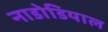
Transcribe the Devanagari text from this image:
नाडोडियाल